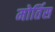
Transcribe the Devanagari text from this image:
मोर्तिस